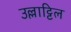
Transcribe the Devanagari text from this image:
उल्लाट्टिल